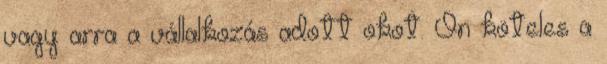
vagy arra a vállalkozás adott okot. Ön köteles a